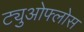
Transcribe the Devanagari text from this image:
ट्युओफ्लोस